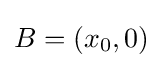
B=(x_{0},0)